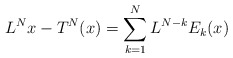
\begin{align*} L^N x - T^N(x) = \sum_{k=1}^{N}L^{N-k}E_k(x)\end{align*}